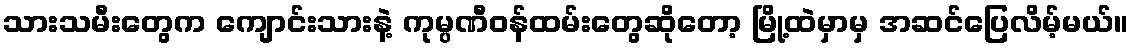
သားသမီးတွေက ကျောင်းသားနဲ့ ကုမ္ပဏီဝန်ထမ်းတွေဆိုတော့ မြို့ထဲမှာမှ အဆင်ပြေလိမ့်မယ်။